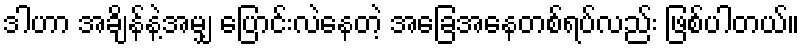
ဒါဟာ အချိန်နဲ့အမျှ ပြောင်းလဲနေတဲ့ အခြေအနေတစ်ရပ်လည်း ဖြစ်ပါတယ်။